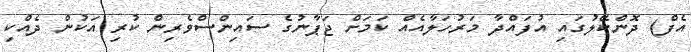
އެފް) ދޮންކޭލުގައި އުފައްދާ މަރުހަލާއެއް ކަމަށް ޖަޕާނުގެ ސައިންސްވެރިން ކުރި އަކުން ދެއްކި